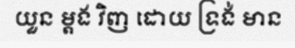
យួន ម្តង វិញ ដោយ ទ្រង់ មាន